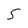
Character: S